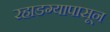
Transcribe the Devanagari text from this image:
रहाडग्यापासून